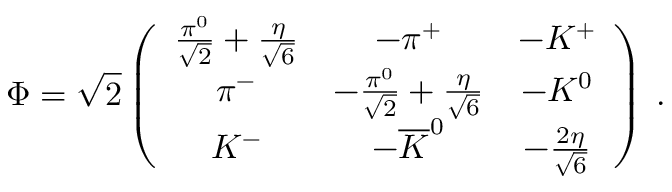
\Phi = \sqrt { 2 } \left( \begin{array} { c c c } { { \frac { \pi ^ { 0 } } { \sqrt { 2 } } + \frac { \eta } { \sqrt { 6 } } } } & { { - \pi ^ { + } } } & { { - K ^ { + } } } \\ { { \pi ^ { - } } } & { { - \frac { \pi ^ { 0 } } { \sqrt { 2 } } + \frac { \eta } { \sqrt { 6 } } } } & { { - K ^ { 0 } } } \\ { { K ^ { - } } } & { { - \overline { { { K } } } ^ { 0 } } } & { { - \frac { 2 \eta } { \sqrt { 6 } } } } \end{array} \right) \: .